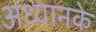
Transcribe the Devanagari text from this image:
अध्यानके